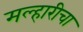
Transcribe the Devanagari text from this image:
मल्हारीचा